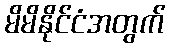
မိမိနိုင်ငံအတွက်